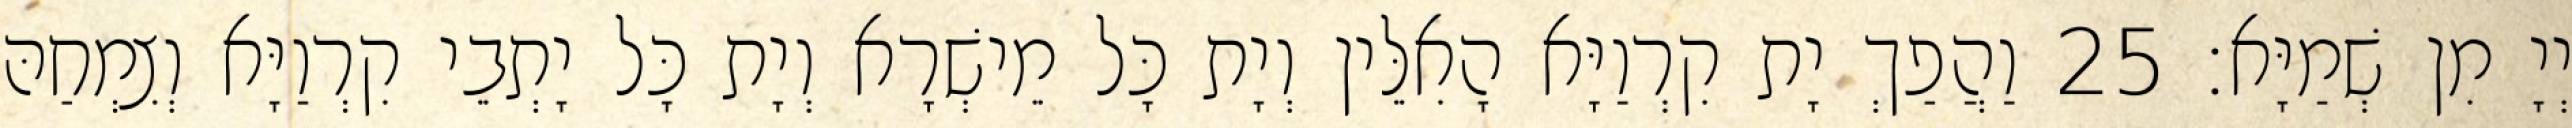
יְיָ מִן שְׁמַיָּא׃ 25 וַהֲפַךְ יָת קִרְוַיָּא הָאִלֵּין וְיָת כָּל מֵישְׁרָא וְיָת כָּל יָתְבֵי קִרְוַיָּא וְצִמְחַהּ